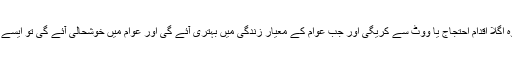
اگر ایسا کرنے میں ناکام ہوگئے تو پھر عوام کو جمہوری حق حاصل ہے کہ وہ اگلا اقدام احتجاج یا ووٹ سے کریگی اور جب عوام کے معیار زندگی میں بہتری آئے گی اور عوام میں خوشحالی آئے گی تو ایسے عوام دوست نمائندوں کو ہمیشہ کیلئے عوام اپنا ووٹ ان کیلئے وقف کریں گے۔